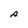
Character: A